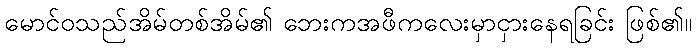
မောင်ဝသည်အိမ်တစ်အိမ်၏ ဘေးကအဖီကလေးမှာငှားနေရခြင်း ဖြစ်၏။